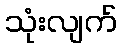
သုံးလျက်